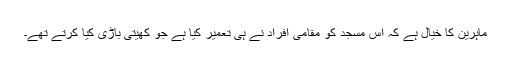
ماہرین کا خیال ہے کہ اس مسجد کو مقامی افراد نے ہی تعمیر کیا ہے جو کھیتی باڑی کیا کرتے تھے۔